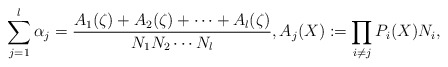
\begin{align*} \sum_{j=1}^{l} \alpha_{j}= \frac{A_{1}(\zeta)+A_{2}(\zeta)+\cdots +A_{l}(\zeta)}{N_{1}N_{2}\cdots N_{l}}, A_{j}(X):= \prod_{i\neq j} P_{i}(X)N_{i},\end{align*}